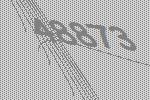
48873